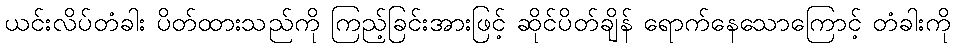
ယင်းလိပ်တံခါး ပိတ်ထားသည်ကို ကြည့်ခြင်းအားဖြင့် ဆိုင်ပိတ်ချိန် ရောက်နေသောကြောင့် တံခါးကို